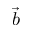
\Vec { b }